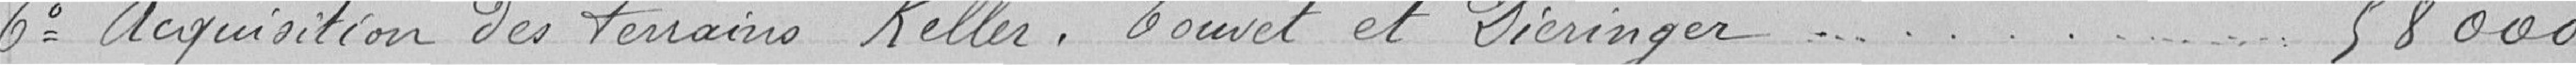
6 Acquisition des terrains keller, Bouvet et Dieringer 58000